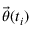
\ensuremath { \vec { \theta } } ( t _ { i } )